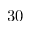
3 0